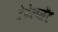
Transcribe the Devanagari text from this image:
डेवेल्प्मेंट